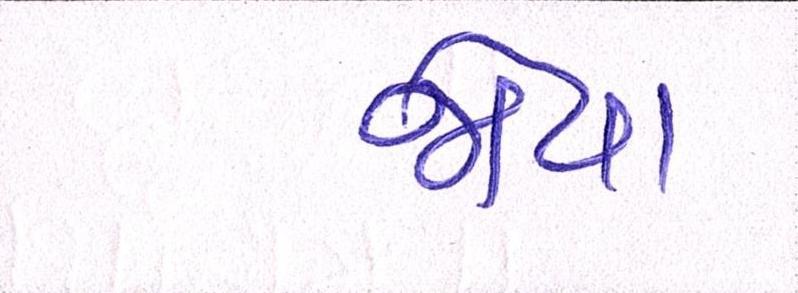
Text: જોયા